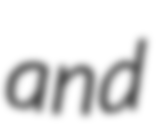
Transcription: and